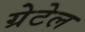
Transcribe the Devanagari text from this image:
ग्रेटेल